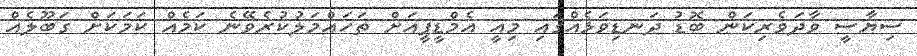
ސިޔާސީ ވާދަވެރިކަން ބޮޑު ދަނޑިވަޅެއްގައި މިއީ އެމްޑީޕީއަށް ތަހައްމަލުކުރެވޭނެ ކަމެއް ކަމަކަށް ގަބޫލެއް